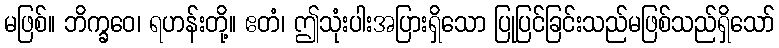
မဖြစ်။ ဘိက္ခဝေ၊ ရဟန်းတို့။ ဧတံ၊ ဤသုံးပါးအပြားရှိသော ပြုပြင်ခြင်းသည်မဖြစ်သည်ရှိသော်